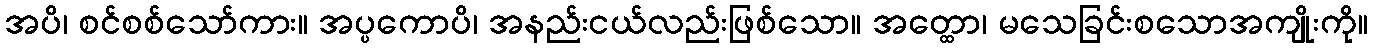
အပိ၊ စင်စစ်သော်ကား။ အပ္ပကောပိ၊ အနည်းငယ်လည်းဖြစ်သော။ အတ္ထော၊ မသေခြင်းစသောအကျိုးကို။